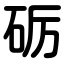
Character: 砺